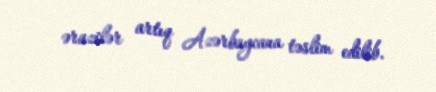
ərazilər artıq Azərbaycana təslim edilib.